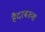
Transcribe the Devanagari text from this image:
हैदरबख्श